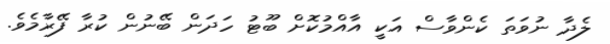
ލެދާ ނުވަތަ ކެންވާސް އަކީ އާއްމުކޮށް ބޫޓު ހަދަން ބޭނުން ކުރާ ފޭރާމެވެ.